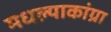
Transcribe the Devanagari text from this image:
मधल्याकांग्रा